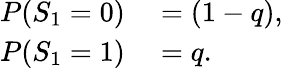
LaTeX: \begin{array}{rl}{P(S_{1}=0)}&{{}=(1-q),}\\ {P(S_{1}=1)}&{{}=q.}\end{array}